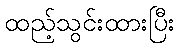
ထည့်သွင်းထားပြီး